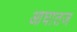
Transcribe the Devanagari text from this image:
आघातज